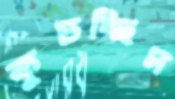
কুচচ্ছিস